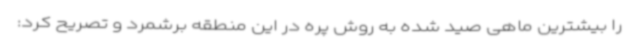
را بیشترین ماهی صید شده به روش پره در این منطقه برشمرد و تصریح کرد: